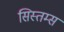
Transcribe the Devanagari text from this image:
सिस्तम्स